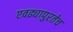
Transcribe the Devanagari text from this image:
एवढ्यापुरतेच